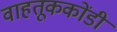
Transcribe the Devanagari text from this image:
वाहतूककोंडी